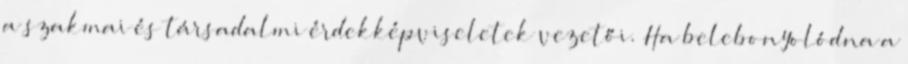
a szakmai és társadalmi érdekképviseletek vezetői. Ha belebonyolódna a